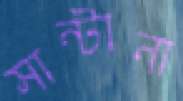
সান্টানা